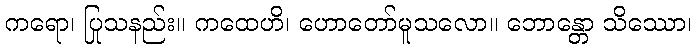
ကရော၊ ပြုသနည်း။ ကထေဟိ၊ ဟောတော်မူသလော။ ဘောန္တော သိဿော၊